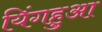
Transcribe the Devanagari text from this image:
यिंगहुआ